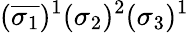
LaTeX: (\overline{{\sigma_{1}}})^{1}(\sigma_{2})^{2}(\sigma_{3})^{1}